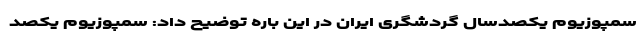
سمپوزیوم یکصدسال گردشگری ایران در این باره توضیح داد: سمپوزیوم یکصد